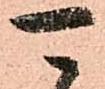
可